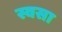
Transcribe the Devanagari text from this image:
स्वसा